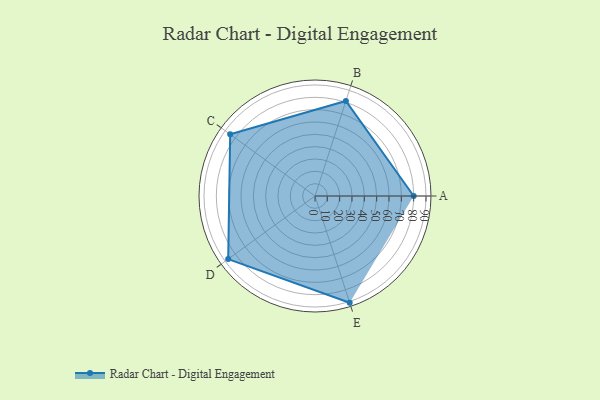
{"axis": {"x": "Skill", "y": "Score"}, "legend": ["Profile"], "data": [{"x": "A", "y": 80.0, "type": "Profile"}, {"x": "B", "y": 81.0, "type": "Profile"}, {"x": "C", "y": 85.0, "type": "Profile"}, {"x": "D", "y": 87.0, "type": "Profile"}, {"x": "E", "y": 91.0, "type": "Profile"}]}